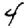
Digit: 4